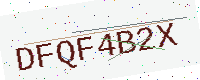
Text: DFQF4B2X